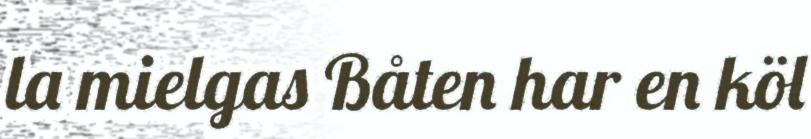
la mielgas Båten har en köl